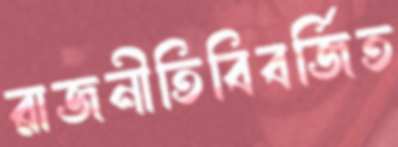
রাজনীতিবিবর্জিত